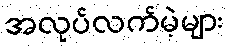
အလုပ်လက်မဲ့များ